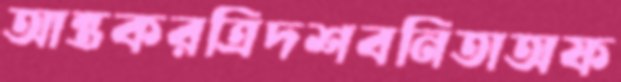
আন্তকরত্রিদশবনিতাঅফ